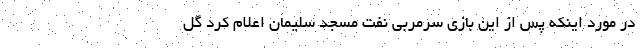
در مورد اینکه پس از این بازی سرمربی نفت مسجد سلیمان اعلام کرد گل